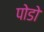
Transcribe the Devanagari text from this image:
पोडो